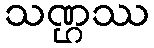
သဏ္ဌဿ